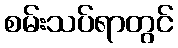
စမ်းသပ်ရာတွင်